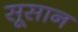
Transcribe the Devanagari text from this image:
सूसान